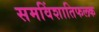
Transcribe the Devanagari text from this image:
समविंशातिफलक